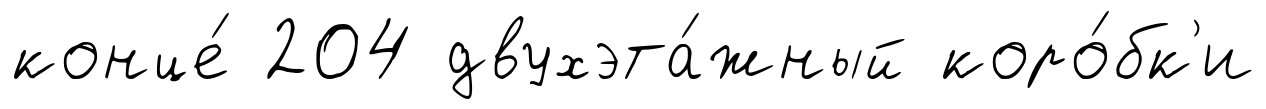
конце́ 204 двухэта́жный коро́бк'и